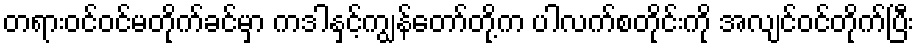
တရားဝင်ဝင်မတိုက်ခင်မှာ ကဒါနှင့်ကျွန်တော်တို့က ပါလက်စတိုင်းကို အလျင်ဝင်တိုက်ပြီး